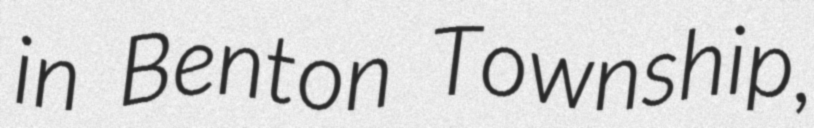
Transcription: in Benton Township,